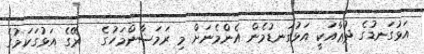
އަޅުގަނޑުގެ ދުޢާއަކީ އަޅުގަނޑުމެން އެންމެނަށް މި ރަމަޟާންމަހުގެ   ރޭގެ އަޅުގަކަމުގެ